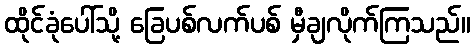
ထိုင်ခုံပေါ်သို့ ခြေပစ်လက်ပစ် မှီချလိုက်ကြသည်။